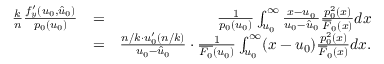
\begin{array} { r l r } { \frac { k } { n } \frac { f _ { y } ^ { \prime } ( u _ { 0 } , \hat { u } _ { 0 } ) } { p _ { 0 } ( u _ { 0 } ) } } & { = } & { \frac { 1 } { p _ { 0 } ( u _ { 0 } ) } \int _ { u _ { 0 } } ^ { \infty } \frac { x - u _ { 0 } } { u _ { 0 } - \hat { u } _ { 0 } } \frac { p _ { 0 } ^ { 2 } ( x ) } { \overline { { F } } _ { 0 } ( x ) } d x } \\ & { = } & { \frac { n / k \cdot u _ { 0 } ^ { \prime } ( n / k ) } { u _ { 0 } - \hat { u } _ { 0 } } \cdot \frac { 1 } { \overline { { F _ { 0 } } } ( u _ { 0 } ) } \int _ { u _ { 0 } } ^ { \infty } ( x - u _ { 0 } ) \frac { p _ { 0 } ^ { 2 } ( x ) } { \overline { { F } } _ { 0 } ( x ) } d x . } \end{array}